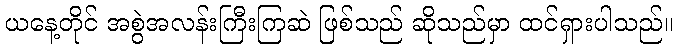
ယနေ့တိုင် အစွဲအလန်းကြီးကြဆဲ ဖြစ်သည် ဆိုသည်မှာ ထင်ရှားပါသည်။